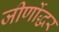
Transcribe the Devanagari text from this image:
जीर्णोद्धर